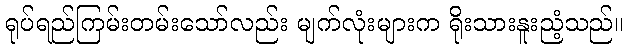
ရုပ်ရည်ကြမ်းတမ်းသော်လည်း မျက်လုံးများက ရိုးသားနူးညံ့သည်။